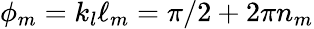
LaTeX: \phi_{m}=k_{l}\ell_{m}=\pi/2+2\pi n_{m}